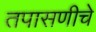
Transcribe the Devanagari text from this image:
तपासणीचे